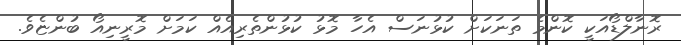
ރޮނާލްޑޯއަކީ ކޮންމެ ތަނަކަށް ކުޅުނަސް އެހާ މޮޅު ކުޅުންތެރިއެއް ކަމަށް މޮރީނިއޯ ބުންޏެވެ.